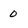
Character: 0